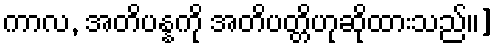
ကာလ, အတိပန္နကို အတိပတ္တိဟုဆိုထားသည်၊၊]